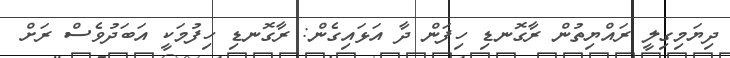
ދިޔަމިގިލީ ރައްޔިތުން ރާގޮނޑި ހިފަން ދާ އަޅައިގެން: ރާގޮނޑި ހިފުމަކީ އަބަދުވެސް ރަށް